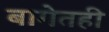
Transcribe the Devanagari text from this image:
बागेतही